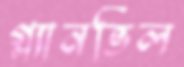
গ্ল্যানভিল